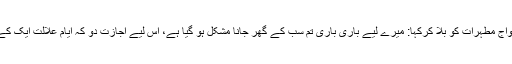
آخرکار، تمام ازواج مطہرات کو بلا کرکہا: میرے لیے باری باری تم سب کے گھر جانا مشکل ہو گیا ہے، اس لیے اجازت دو کہ ایام علالت ایک کے گھر گزار لوں۔